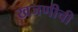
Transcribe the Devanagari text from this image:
खजणीची